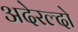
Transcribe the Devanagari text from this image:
अदेरल्दो